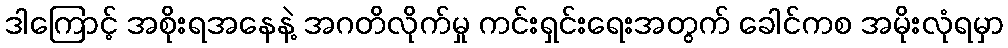
ဒါကြောင့် အစိုးရအနေနဲ့ အဂတိလိုက်မှု ကင်းရှင်းရေးအတွက် ခေါင်ကစ အမိုးလုံရမှာ